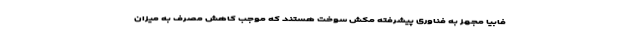
فابیا مجهز به فناوری پیشرفته مکش سوخت هستند که موجب کاهش مصرف به میزان